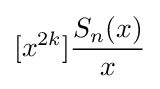
[x^{2k}]{\frac {S_{n}(x)}{x}}